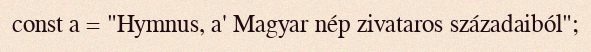
const a = "Hymnus, a' Magyar nép zivataros századaiból";